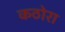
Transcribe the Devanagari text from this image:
कठोरा